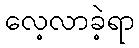
လေ့လာခဲ့ရာ